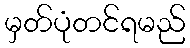
မှတ်ပုံတင်ရမည်